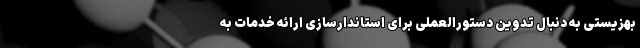
بهزیستی به دنبال تدوین دستورالعملی برای استاندارسازی ارائه خدمات به